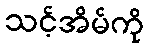
သင့်အိမ်ကို